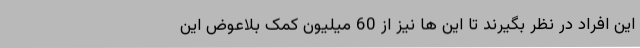
این افراد در نظر بگیرند تا این ها نیز از 60 میلیون کمک بلاعوض این